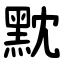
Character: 黕